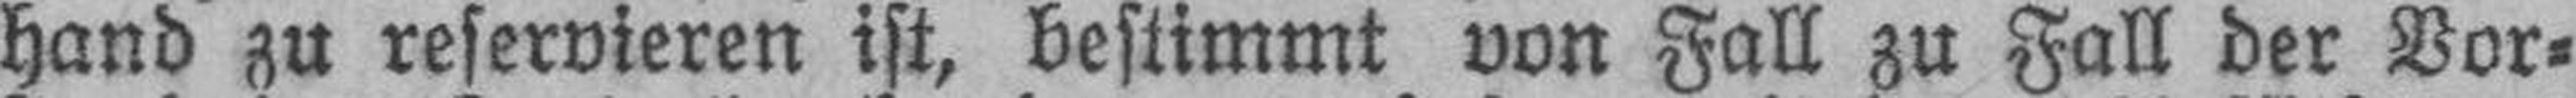
hand zu reservieren ist, bestimmt von Fall zu Fall der Vor¬